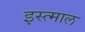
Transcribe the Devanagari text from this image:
इस्त्माल